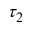
\tau _ { 2 }